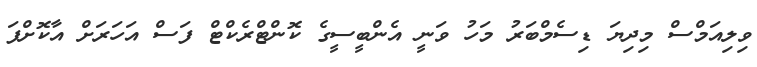
ވިލިއަމްސް މިދިޔަ ޑިސެމްބަރު މަހު ވަނީ އެންބީސީގެ ކޮންޓްރެކްޓް ފަސް އަހަރަށް އާކޮށްފަ